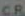
CR